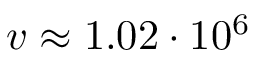
v \approx 1 . 0 2 \cdot 1 0 ^ { 6 }